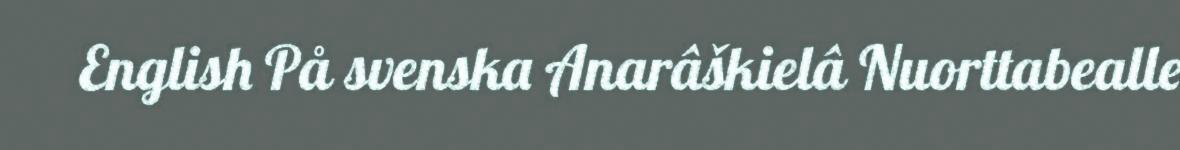
English På svenska Anarâškielâ Nuorttabealle